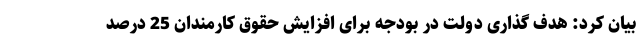
بیان کرد: هدف گذاری دولت در بودجه برای افزایش حقوق کارمندان 25 درصد